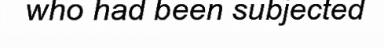
who had been subjected